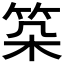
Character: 𥬲